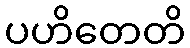
ပဟိတေတိ